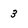
Character: 3